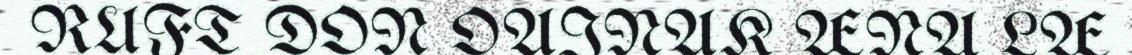
RUFT DON OAINAK ÆNA LÆ